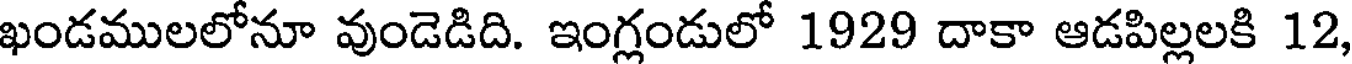
ఖండములలోనూ వుండెడిది. ఇంగ్లండులో 1929 దాకా ఆడపిల్లలకి 12